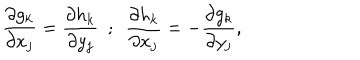
LaTeX: \frac { \partial g _ { k } } { \partial x _ { j } } = \frac { \partial h _ { k } } { \partial y _ { j } } \, \, \, ; \, \, \, \frac { \partial h _ { k } } { \partial x _ { j } } = - \frac { \partial g _ { k } } { \partial y _ { j } } ,